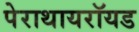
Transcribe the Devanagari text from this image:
पेराथायरॉयड